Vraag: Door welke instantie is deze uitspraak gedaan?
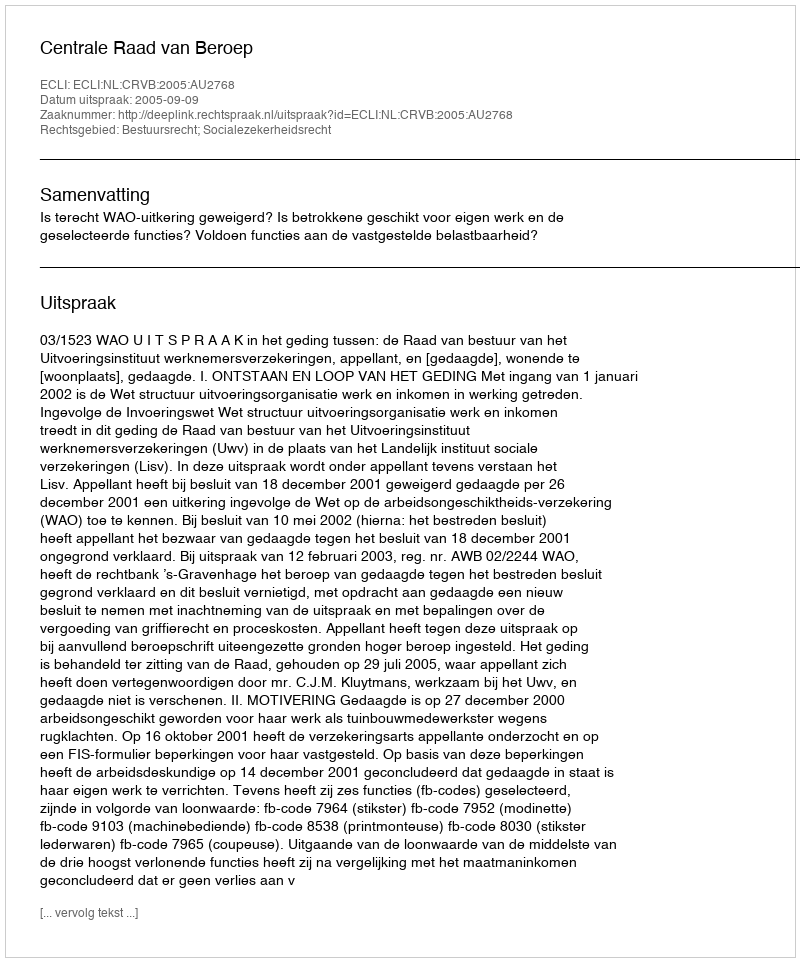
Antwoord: Centrale Raad van Beroep